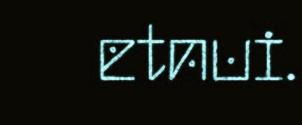
etnui.